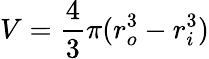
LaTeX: V=\frac{4}{3}\pi(r_{o}^{3}-r_{i}^{3})